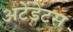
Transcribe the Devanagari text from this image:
अटेंडेंटस